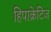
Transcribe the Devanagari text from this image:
हिपाक्रेटिज